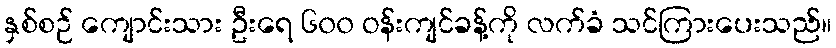
နှစ်စဉ် ကျောင်းသား ဦးရေ ၆၀၀ ဝန်းကျင်ခန့်ကို လက်ခံ သင်ကြားပေးသည်။